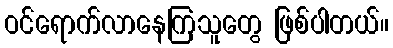
ဝင်ရောက်လာနေကြသူတွေ ဖြစ်ပါတယ်။